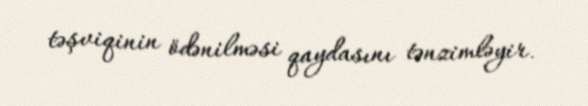
təşviqinin ödənilməsi qaydasını tənzimləyir.